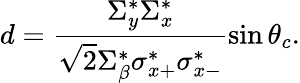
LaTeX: d=\frac{\Sigma_{y}^{*}\Sigma_{x}^{*}}{\sqrt{2}\Sigma_{\beta}^{*}\sigma_{x+}^{*}\sigma_{x-}^{*}}\sin\theta_{c}.